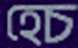
হেচ